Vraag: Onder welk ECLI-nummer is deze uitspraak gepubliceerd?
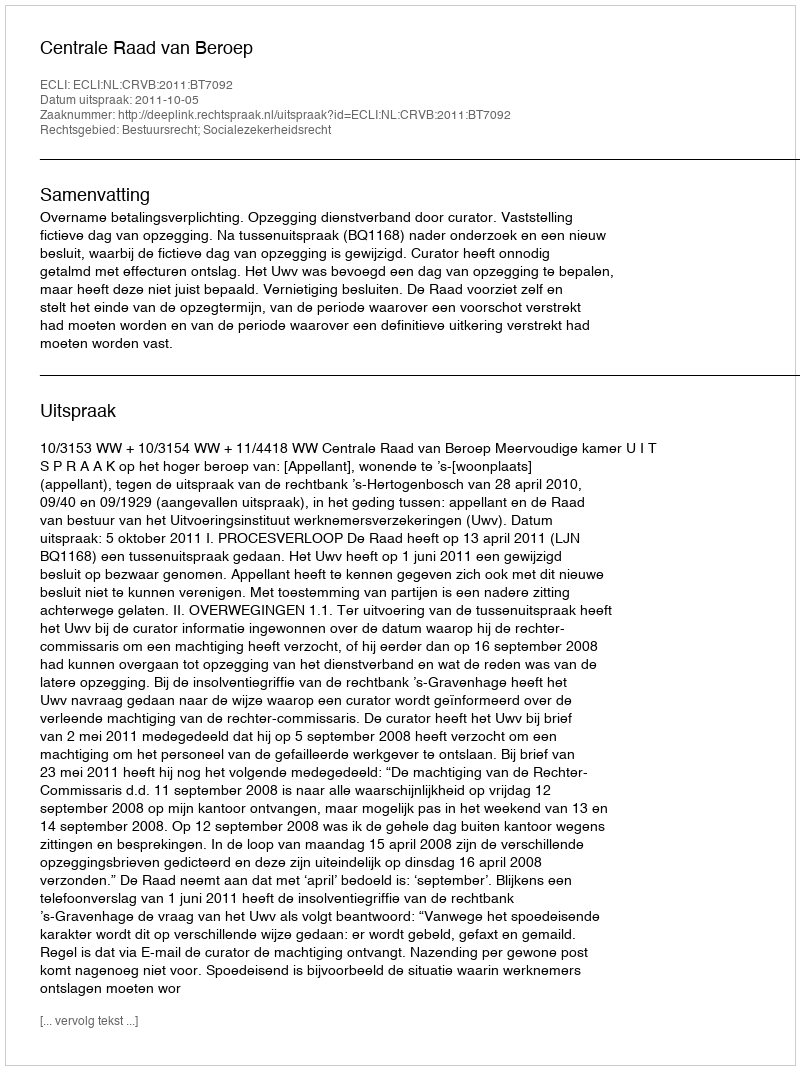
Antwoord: ECLI:NL:CRVB:2011:BT7092